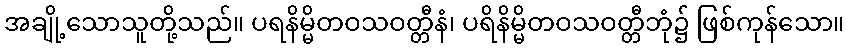
အချို့သောသူတို့သည်။ ပရနိမ္မိတဝသဝတ္တီနံ၊ ပရိနိမ္မိတဝသဝတ္တီဘုံ၌ ဖြစ်ကုန်သော။